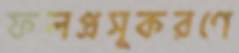
ফলপ্রসূকরণে